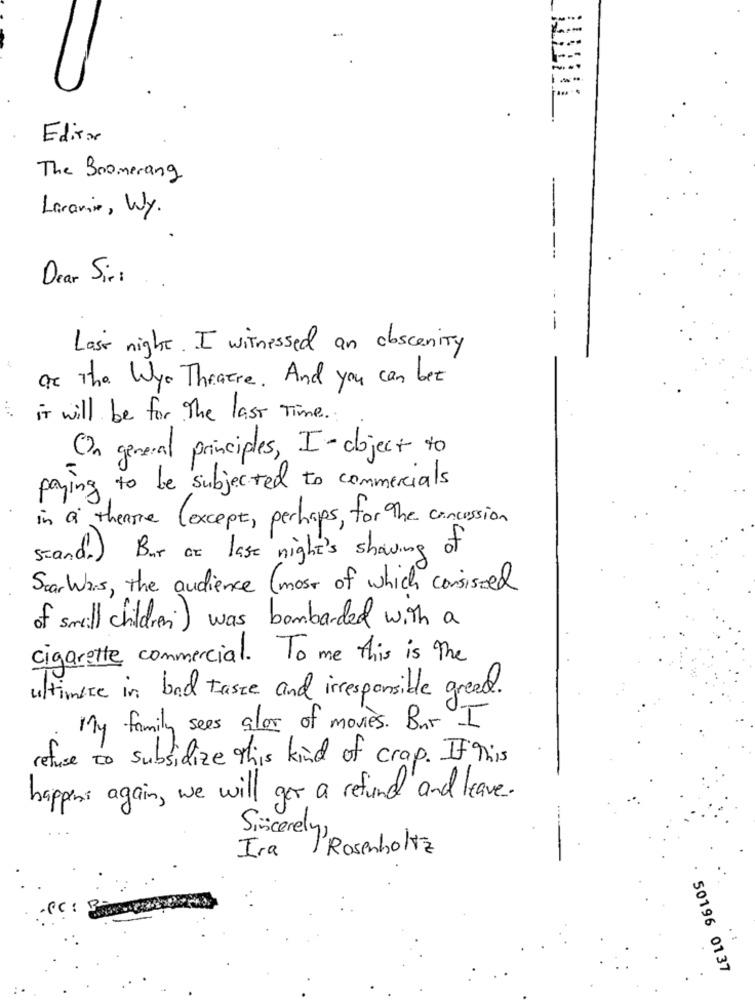
Editor
The Boomerang
Laranix, Wy.
---
Dear Sir:
--
--
Last night. I witnessed an obscenity
are The Wyo Theatre. And you can bet
it will be for The last Time .
On general principles, I-object to
paying to be subjected to commercials
in a theme (except, perhaps, for The concession
stand . ) Bur ar lase night's shaving of
ScarWas, the audience (most of which consisted
of smil children ) was bombarded with a
Cigarette commercial. To me this is The
ultimate in bad taste and irresponsible greed.
My family sees a los of movies . Bur I
tuse to subsidize this kind of crap . If This
happens again, we will get a refund and leave.
Sincerely,
Rosenholtz
Ira
50196 0137